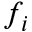
f _ { i }